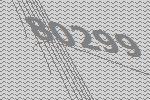
80299